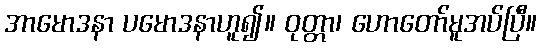
အာမောဒနာ ပမောဒနာဟူ၍။ ဝုတ္တာ၊ ဟောတော်မူအပ်ပြီ။